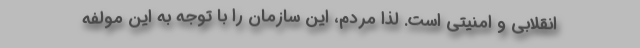
انقلابی و امنیتی است. لذا مردم، این سازمان را با توجه به این مولفه